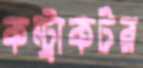
কন্ট্রাকটর